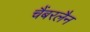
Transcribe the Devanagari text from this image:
चैंबरलैन